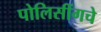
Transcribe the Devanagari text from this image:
पोलिसींगचे